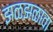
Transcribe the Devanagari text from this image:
झळझळावा